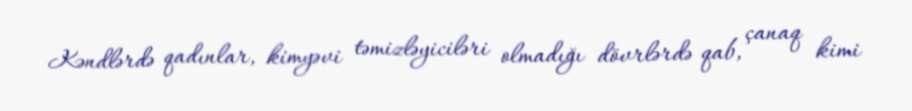
Kəndlərdə qadınlar, kimyəvi təmizləyiciləri olmadığı dövrlərdə qab, çanaq kimi